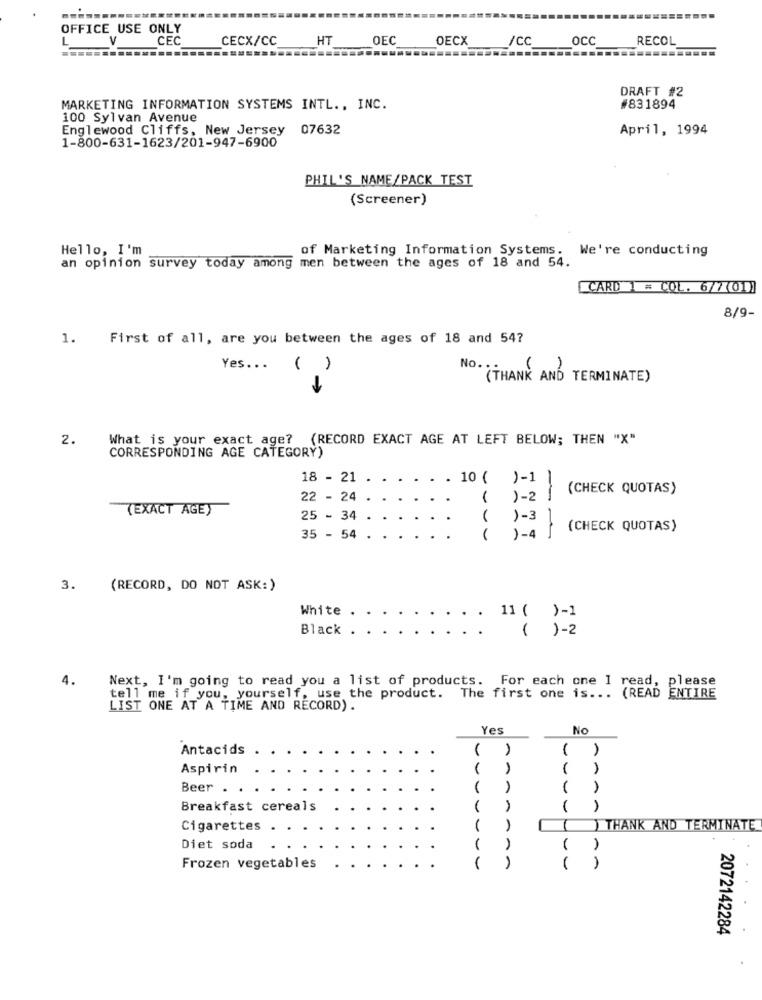
OFFICE USE ONLY
V
CEC
CECX/CC
HT
OEC
OECX
/CC
occ
RECOL
DRAFT #2
MARKETING INFORMATION SYSTEMS INTL ., INC.
#831894
100 Sylvan Avenue
Englewood Cliffs, New Jersey 07632
April, 1994
1-800-631-1623/201-947-6900
PHIL'S NAME/PACK TEST
(Screener)
Hello, I'm
of Marketing Information Systems. We're conducting
an opinion survey today among men between the ages of 18 and 54.
CARD 1 = COL. 6/7(01)
8/9-
1.
First of all, are you between the ages of 18 and 54?
Yes ...
( )
( )
NO. (THANK AND TERMINATE)
1
2.
What is your exact age? (RECORD EXACT AGE AT LEFT BELOW; THEN "X"
CORRESPONDING AGE CATEGORY)
18 - 21
10 ( )-1
(CHECK QUOTAS)
22 - 24 .
( )-2
(EXACT AGE)
25 - 34
)-3
(CHECK QUOTAS)
35 - 54
( ) -4
--
3.
(RECORD, DO NOT ASK:)
White
11 ( )-1
Black
( )-2
4.
Next, I'm going to read you a list of products. For each one 1 read, please
tell me if you, yourself, use the product. The first one is ... (READ ENTIRE
LIST ONE AT A TIME AND RECORD).
Yes
No
Antacids
( )
Aspirin
Beer . .
Breakfast cereals
1
Cigarettes ..
1
() THANK AND TERMINATE
Diet soda
( )
Frozen vegetables
2072142284